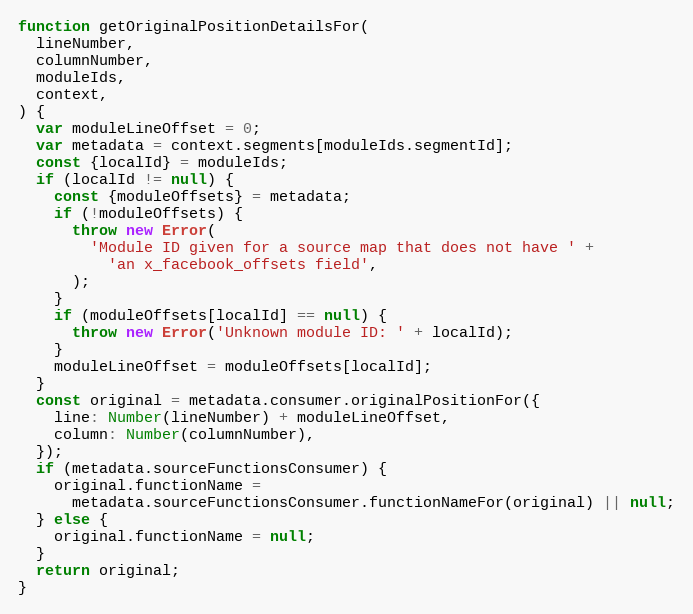
Language: JavaScript
function getOriginalPositionDetailsFor(
  lineNumber,
  columnNumber,
  moduleIds,
  context,
) {
  var moduleLineOffset = 0;
  var metadata = context.segments[moduleIds.segmentId];
  const {localId} = moduleIds;
  if (localId != null) {
    const {moduleOffsets} = metadata;
    if (!moduleOffsets) {
      throw new Error(
        'Module ID given for a source map that does not have ' +
          'an x_facebook_offsets field',
      );
    }
    if (moduleOffsets[localId] == null) {
      throw new Error('Unknown module ID: ' + localId);
    }
    moduleLineOffset = moduleOffsets[localId];
  }
  const original = metadata.consumer.originalPositionFor({
    line: Number(lineNumber) + moduleLineOffset,
    column: Number(columnNumber),
  });
  if (metadata.sourceFunctionsConsumer) {
    original.functionName =
      metadata.sourceFunctionsConsumer.functionNameFor(original) || null;
  } else {
    original.functionName = null;
  }
  return original;
}